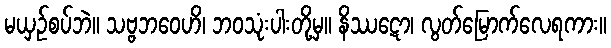
မယှဉ်စပ်ဘဲ။ သဗ္ဗဘဝေဟိ၊ ဘဝသုံးပါးတို့မှ။ နိဿဋော၊ လွတ်မြောက်လေရကား။